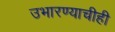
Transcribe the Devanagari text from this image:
उभारण्याचीही